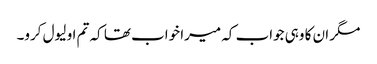
مگر ان کا وہی جواب کہ میرا خواب تھا کہ تم او لیول کرو۔